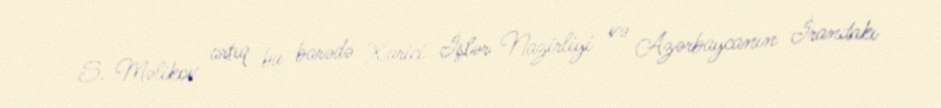
S. Məlikov artıq bu barədə Xarici İşlər Nazirliyi və Azərbaycanın İrandakı